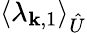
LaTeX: \langle\lambda_{\mathbf{k},1}\rangle_{\hat{{U}}}